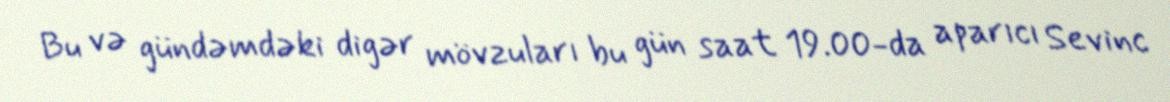
Bu və gündəmdəki digər mövzuları bu gün saat 19.00-da aparıcı Sevinc